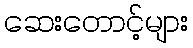
ဆေးတောင့်များ